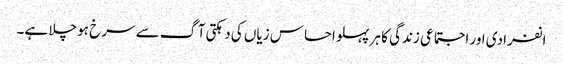
انفرادی اور اجتماعی زندگی کا ہر پہلو احساس زیاں کی دہکتی آگ سے سرخ ہو چلا ہے۔